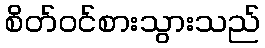
စိတ်ဝင်စားသွားသည်